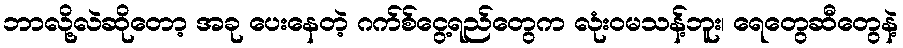
ဘာလို့လဲဆိုတော့ အခု ပေးနေတဲ့ ဂက်စ်ငွေ့ရည်တွေက လုံးဝမသန့်ဘူး၊ ရေတွေဆီတွေနဲ့